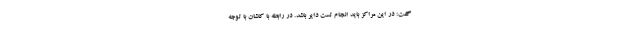
گفت: در این مراکز باید انجام تست دایر باشد. در رابطه با کاشان با توجه